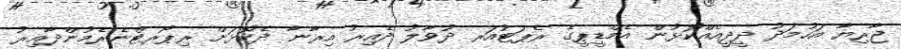
ޖާރިޔާ އަހުމަދު ދީދީއެއްކޮޅުން އެމްޑީޕީގެ ރެޕަޓުއަރ ދުވާލު ދެއިރު އިރާނާ ދެކޮޅަށް ރިޕޯރޓްނެރެމުންދާއިރު